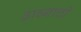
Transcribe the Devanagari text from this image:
ढाच्याची